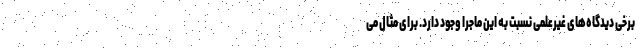
برخی دیدگاه‌های غیرعلمی نسبت به این ماجرا وجود دارد. برای مثال می